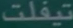
السفلت